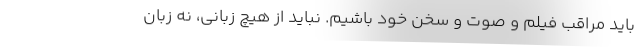
باید مراقب فیلم و صوت و سخن خود باشیم. نباید از هیچ زبانی، نه زبان